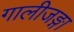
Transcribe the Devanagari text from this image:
गालीजङ्गा